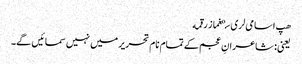
هپ اسامی‌لری سېغماز رقمه
یعنی: شاعرانِ عجم کے تمام نام تحریر میں نہیں سمائیں گے۔